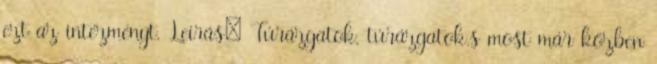
ezt az intézményt. Leírás: Túrázgatok, túrázgatok.s most már közben